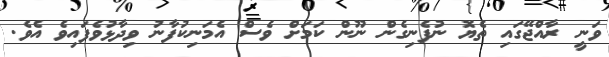
ވަނީ ރާއްޖޭގައި ތެޔޮ ނުފެނިގެން ނޫން ކަމަށް ވެސް އެމަނިކުފާނު ވިދާޅުވެފައިވެ އެވެ.